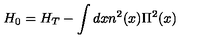
H _ { 0 } = H _ { T } - \int d x n ^ { 2 } ( x ) \Pi ^ { 2 } ( x )